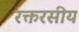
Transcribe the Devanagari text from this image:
रक्तरसीय